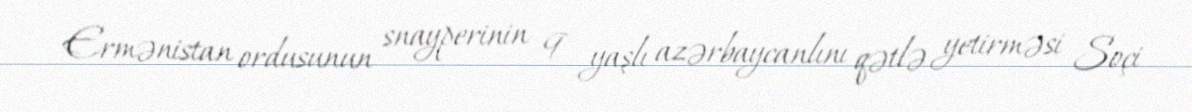
Ermənistan ordusunun snayperinin 9 yaşlı azərbaycanlını qətlə yetirməsi Soçi